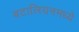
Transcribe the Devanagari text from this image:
बटालियनमध्ये